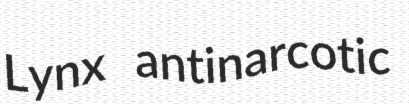
Lynx antinarcotic